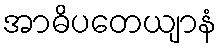
အာဓိပတေယျာနံ